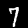
Digit: 7